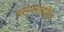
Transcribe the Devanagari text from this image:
परम्परारहित